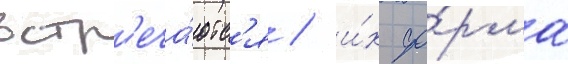
встр'еча́ютс'я / и́х фо́рма